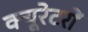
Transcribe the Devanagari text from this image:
क्यूरेटरों